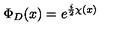
\Phi _ { D } ( x ) = e ^ { { \frac { i } { 2 } } \chi ( x ) }